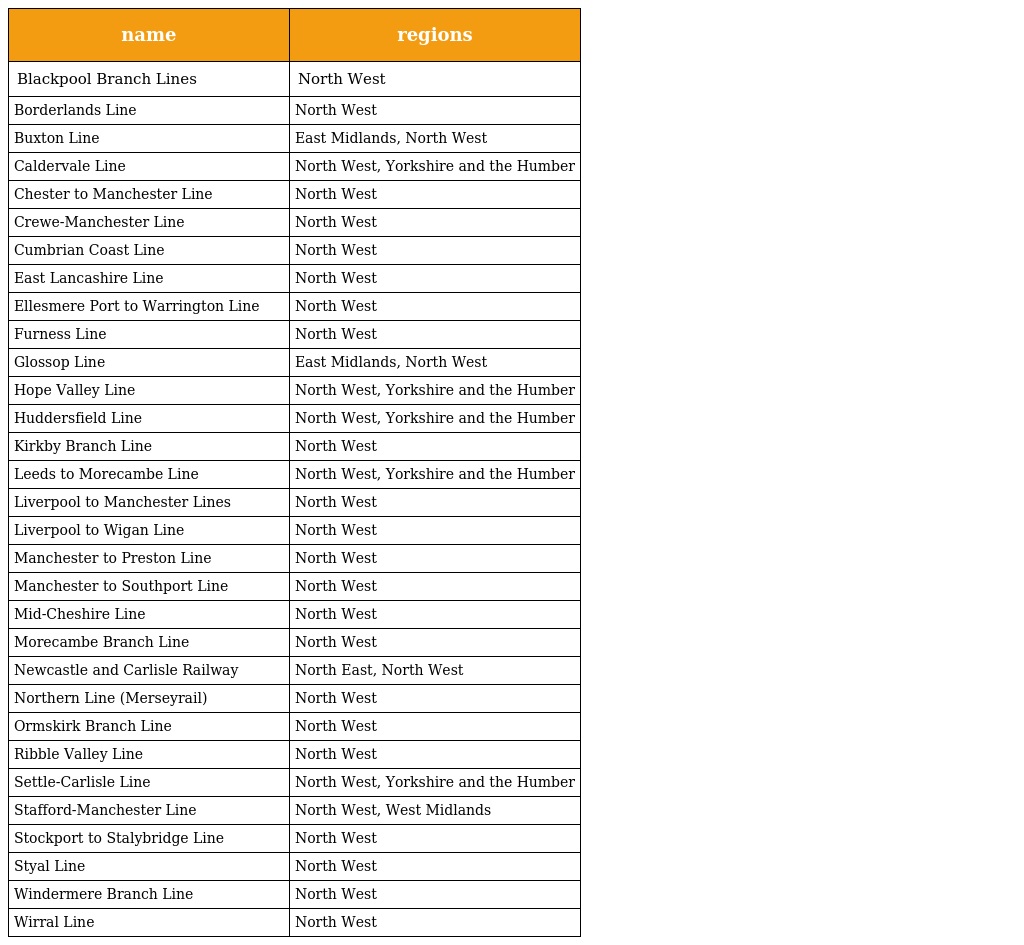
| name | regions |
 | --- | --- |
 | Blackpool Branch Lines | North West |
 | Borderlands Line | North West |
 | Buxton Line | East Midlands, North West |
 | Caldervale Line | North West, Yorkshire and the Humber |
 | Chester to Manchester Line | North West |
 | Crewe-Manchester Line | North West |
 | Cumbrian Coast Line | North West |
 | East Lancashire Line | North West |
 | Ellesmere Port to Warrington Line | North West |
 | Furness Line | North West |
 | Glossop Line | East Midlands, North West |
 | Hope Valley Line | North West, Yorkshire and the Humber |
 | Huddersfield Line | North West, Yorkshire and the Humber |
 | Kirkby Branch Line | North West |
 | Leeds to Morecambe Line | North West, Yorkshire and the Humber |
 | Liverpool to Manchester Lines | North West |
 | Liverpool to Wigan Line | North West |
 | Manchester to Preston Line | North West |
 | Manchester to Southport Line | North West |
 | Mid-Cheshire Line | North West |
 | Morecambe Branch Line | North West |
 | Newcastle and Carlisle Railway | North East, North West |
 | Northern Line (Merseyrail) | North West |
 | Ormskirk Branch Line | North West |
 | Ribble Valley Line | North West |
 | Settle-Carlisle Line | North West, Yorkshire and the Humber |
 | Stafford-Manchester Line | North West, West Midlands |
 | Stockport to Stalybridge Line | North West |
 | Styal Line | North West |
 | Windermere Branch Line | North West |
 | Wirral Line | North West |